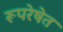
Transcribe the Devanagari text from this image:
रूपरेषेत